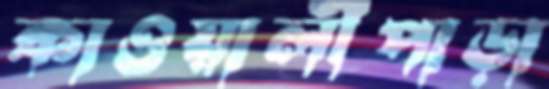
কাওয়ালীপাড়া